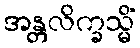
အန္တလိက္ခသ္မိံ